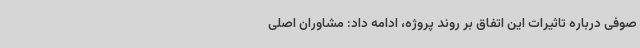
صوفی درباره تاثیرات این اتفاق بر روند پروژه، ادامه داد: مشاوران اصلی